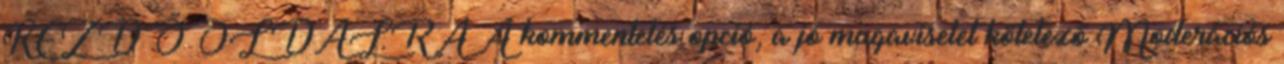
KEZDŐOLDALRA A kommentelés opció, a jó magaviselet kötelező Moderációs